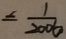
= \frac { 1 } { 2 0 0 6 }